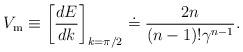
LaTeX: \begin{align*}V_{\rm m} \equiv \left[{dE \over dk}\right]_{k=\pi/2} \doteq {2n \over (n-1)!\gamma\sp {n-1}}.\end{align*}